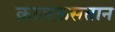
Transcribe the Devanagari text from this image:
क़ाज़क़सतान